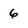
Character: 6